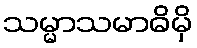
သမ္မာသမာဓိမှိ